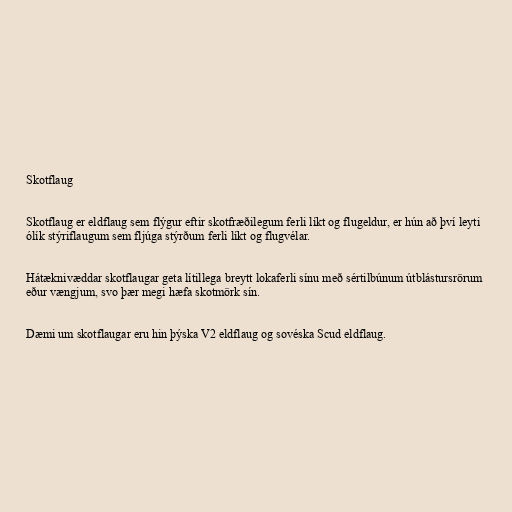
Skotflaug

Skotflaug er eldflaug sem flýgur eftir skotfræðilegum ferli líkt og flugeldur, er hún að því leyti
ólík stýriflaugum sem fljúga stýrðum ferli líkt og flugvélar.

Hátæknivæddar skotflaugar geta lítillega breytt lokaferli sínu með sértilbúnum útblástursrörum
eður vængjum, svo þær megi hæfa skotmörk sín.

Dæmi um skotflaugar eru hin þýska V2 eldflaug og sovéska Scud eldflaug.